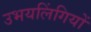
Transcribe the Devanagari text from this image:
उभयलिंगियों